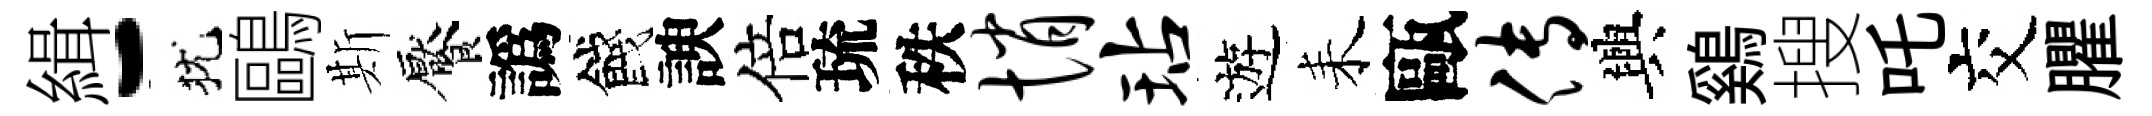
緝-犹鷗斯饜譌餞諛倍琉秩悄玷遊耒甌传興鷄搜吒交臞